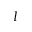
I